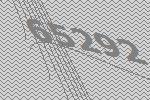
65292